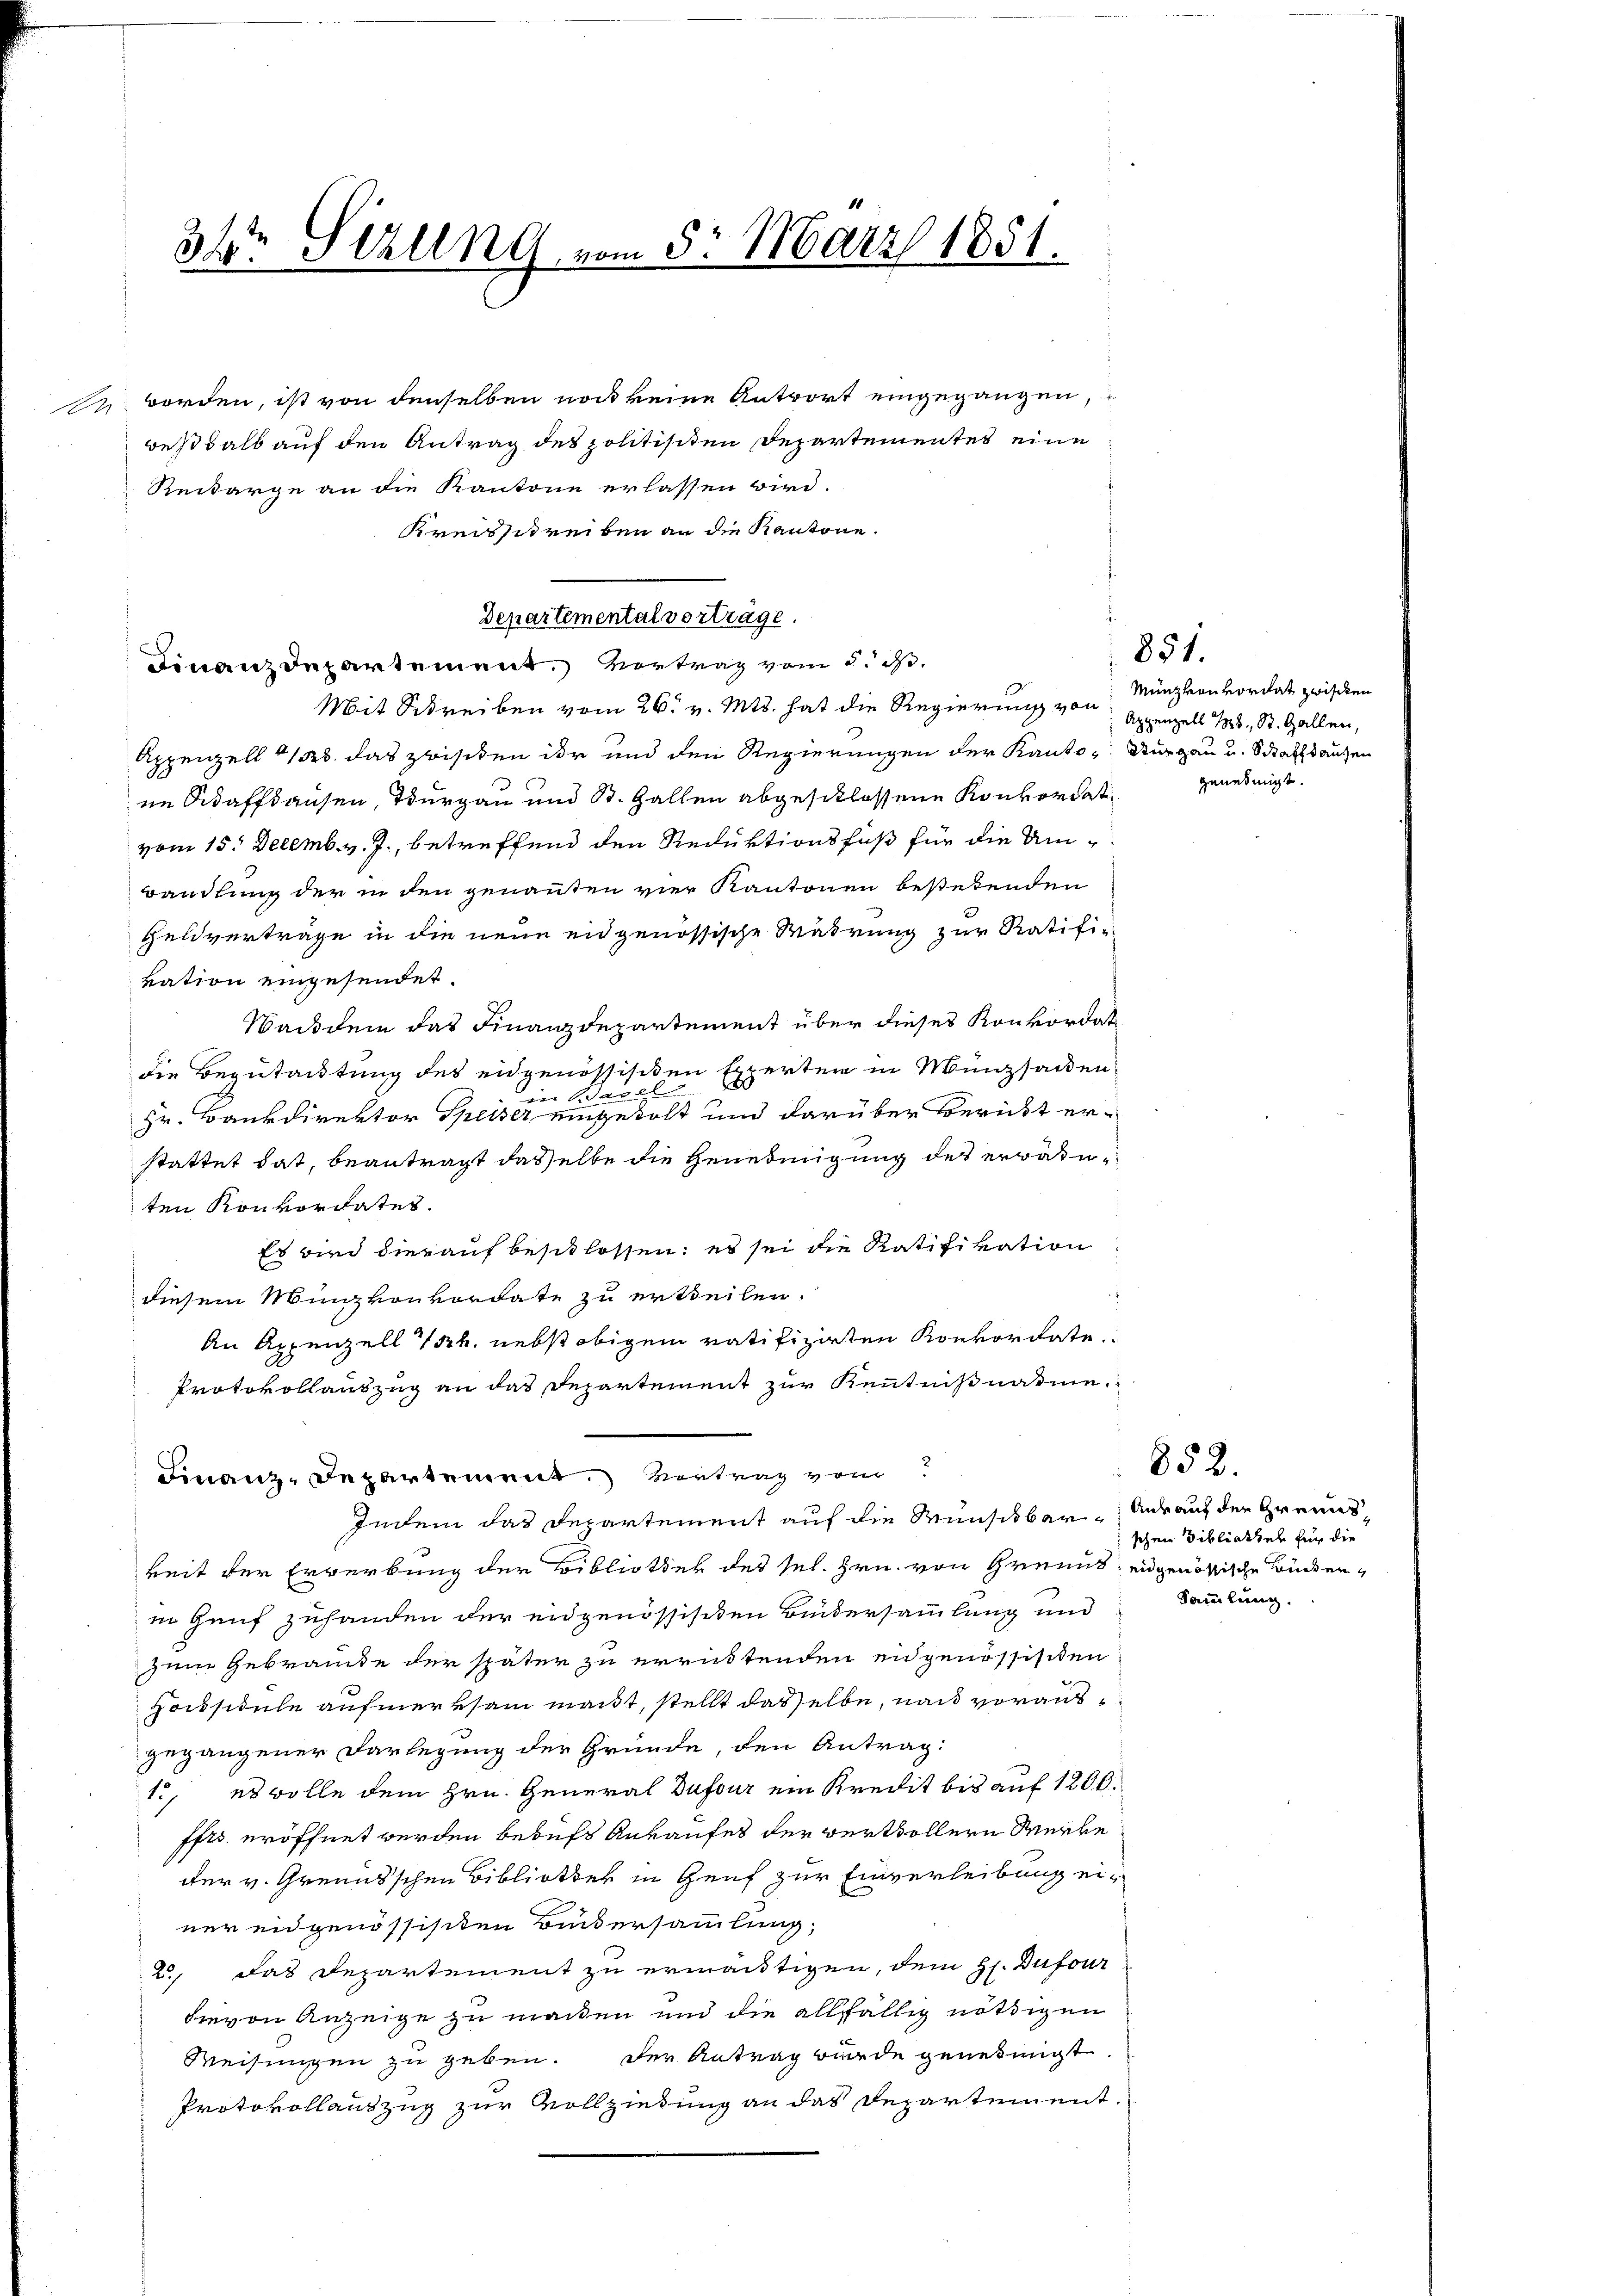
32 Sezung vom 5. März 1851.
.

worden, ist von denselben noch keine Antwort eingegangen,
weßhalb auf den Antrag des politisiten Departementes eine
Reikarge an die Kantone erlassen wird.
Kreisstreiben an die Kantone.
Departemental vorträge.
Finanzdepartement. Vortrag vom 5. d.
Mit Schreiben vom 26. v. Mts. hat die Regierung von Appenzell 1885, St. Gallen,
Appenzell 123. das zwisiten der und den Regierungen der Kanto- Thurgau u. Schaffhausen
nn Adaffhausen, Thurgau und St. Gallen abgeschlossene Konkordat
vom 15. Decemb. v. J., betreffend den Reduktionsfuß für die Umwandlung der in den genannten vier Kantonen bestehenden
Geldverträge in die neue eidgenössische Wahrung zur Ratifikation eingesendet.
Wachdem das Finanzdepartement über dieses Konkordat
die Begutachtung des eidgenössischen Experten in Münzsacken
Basels
e
Hr. Bankdirektor Speiser eingekolt und darüber bericht er-
stattet hat, beantragt dasselbe die Genehmigung des erwähnten Konkordates.
Es wird hierauf beschlossen; es sei die Ratifikation
diesem Münzkonkordate zu ertheilen.
An Appenzell 14. nebst obigem ratifizirten Konkordate.
Protokollauszug an das Departement zur Kenntnißnahme.
Finanz-Departement. Vortrag vom
Indem das Departement auf die Wünschbarkeit der Erwerbung der Bibliothek des sel. Hrn. von Grenus ungenössische Bückerin Genf zuhanden der eidgenössischen Beidersammlung und
zum Gebraucke der später zu errüttenden engenössischen
Hossidule aufmerksam macht, stellt dasselbe, nach vorausgegangener Darlegung der Gründe, den Antrag:
1., es wolle dem Hrn. General Dufour ein Kredit bis auf 1200.
ffts. eröffnet werden beaufs Ankaufes der verthöllern Werke
dter v. Greundschen Bibliothek in Genf zur Einverleibung einer eidgenössisiten Bundersammlung,
2., das Departement zu ermächtigen, dem Hr. Dufour
hievon Anzeige zu machen und die allfällig nöthigen
Weisungen zu geben. Der Antrag wurde genehmigt
Protokollauszug zur Vollziehung an das Departement.

851.
Münzkonkordat zwischen
genehmigt.

852.

Aurauf der Greundsschen Bibliothek für die
Sammlung.